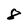
Character: 8